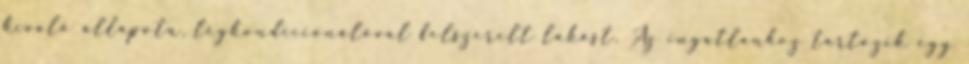
kiváló állapotú, légkondicionálóval felszerelt lakást. Az ingatlanhoz tartozik egy